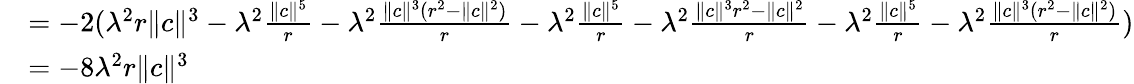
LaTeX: \begin{array}{rl}&{=-2(\lambda^{2}r\| c\| ^{3}-\lambda^{2}\frac{\| c\| ^{5}}{r}-\lambda^{2}\frac{\| c\| ^{3}(r^{2}-\| c\| ^{2})}{r}-\lambda^{2}\frac{\| c\| ^{5}}{r}-\lambda^{2}\frac{\| c\| ^{3}r^{2}-\| c\| ^{2}}{r}-\lambda^{2}\frac{\| c\| ^{5}}{r}-\lambda^{2}\frac{\| c\| ^{3}(r^{2}-\| c\| ^{2})}{r})}\\ &{=-8\lambda^{2}r\| c\| ^{3}}\end{array}